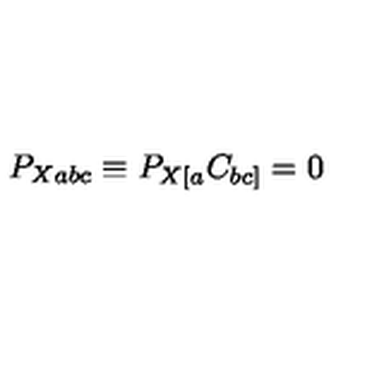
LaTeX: P _ { X a b c } \equiv P _ { X [ a } C _ { b c ] } = 0